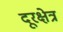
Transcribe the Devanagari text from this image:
दूरक्षेत्र